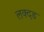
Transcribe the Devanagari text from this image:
लक्दड